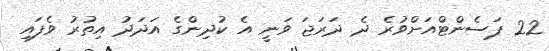
22 ޕަސެންޓްއަށްވުރެ ދެ ދަރަޖަ ވަނީ އެ ކުދިންގެ އަދަދު އިތުރު ވެފައި